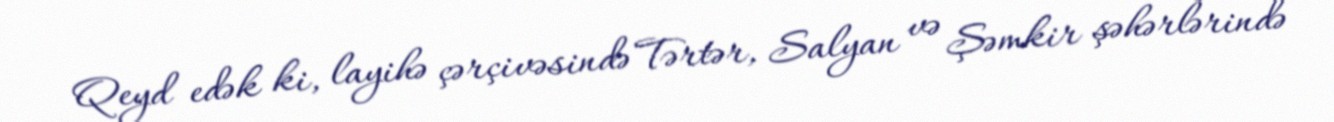
Qeyd edək ki, layihə çərçivəsində Tərtər, Salyan və Şəmkir şəhərlərində